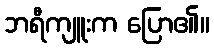
ဘရီကျူးက ပြော၏။